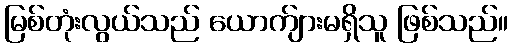
မြစ်တုံးလွယ်သည် ယောက်ျားမရှိသူ ဖြစ်သည်။